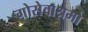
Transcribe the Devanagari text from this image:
गोसेवाश्रमो